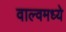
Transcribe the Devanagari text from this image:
वाल्वमध्ये